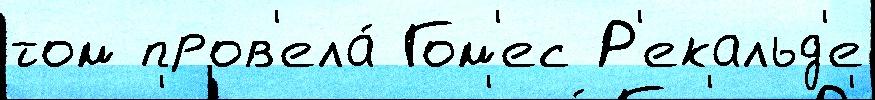
том пров'ела́ Гом'ес Р'екальд'е